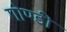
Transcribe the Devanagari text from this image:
गोण्डी